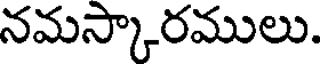
నమస్కారములు.